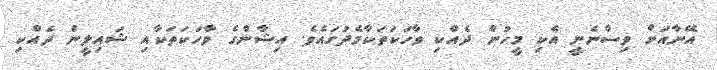
އޭނާއަށް ވިސްނެނީ އެކި މީހުން ދެއްކި ވާހަކަތަކާމެދުގައެވެ. އިޝާންގެ ވާހަކަތަކާއި ޝައިލީން ދެއްކި